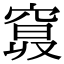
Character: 𥦦